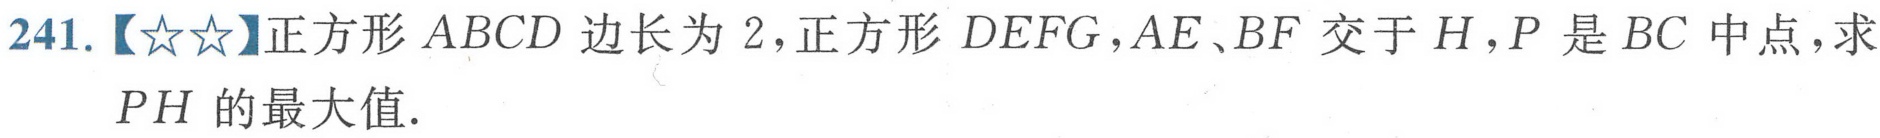
241.【$\star\star$】正方形 $ABCD$ 边长为 $2$，正方形 $DEFG$，$AE、BF$ 交于 $H$，$P$ 是 $BC$ 中点，求
$PH$ 的最大值.